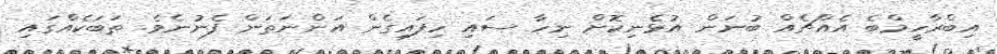
އިބްރާހީމްބެ އެއްޗެއް ބުނަން އުޅެނިކޮށް ނިހާ ސައި ހިފައިގެން އަންނަތަން ފެނުނެވެ. ތަބަކެއްގައި